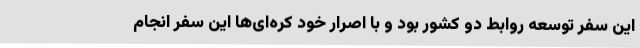
این سفر توسعه روابط دو کشور بود و با اصرار خود کره‌ای‌ها این سفر انجام